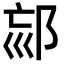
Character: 𨚳